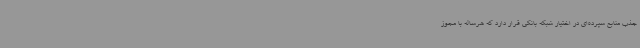
جذب منابع سپرده‌ای در اختیار شبکه بانکی قرار دارد که هرساله با مجوز